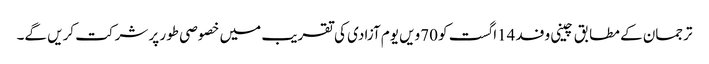
ترجمان کے مطابق چینی وفد 14اگست کو 70ویں یوم آزادی کی تقریب میں خصوصی طور پر شرکت کریں گے۔